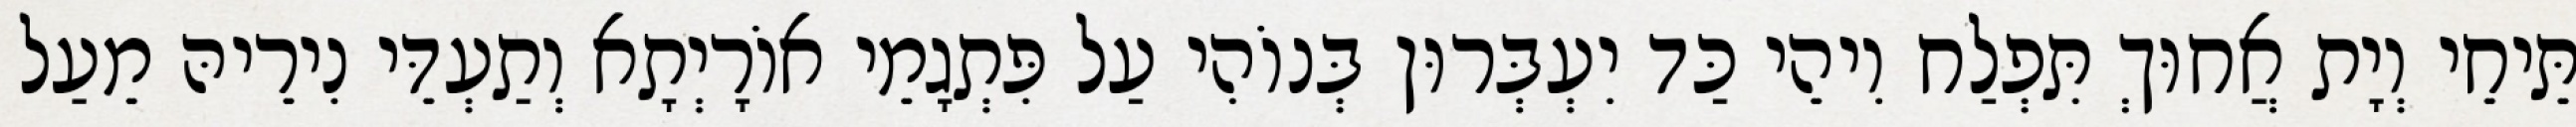
תֵּיחֵי וְיָת אֲחוּךְ תִּפְלַח וִיהֵי כַּד יִעְבְּרוּן בְּנוֹהִי עַל פִּתְגָמֵי אוֹרָיְתָא וְתַעְדֵּי נִירֵיהּ מֵעַל